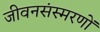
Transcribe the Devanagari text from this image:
जीवनसंस्मरणों